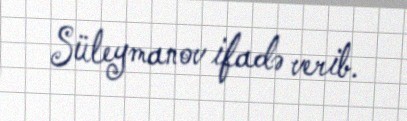
Süleymanov ifadə verib.